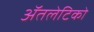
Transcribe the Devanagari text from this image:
ॲतलेटिको